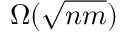
\Omega ( { \sqrt { n m } } )